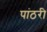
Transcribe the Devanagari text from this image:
पांठरी